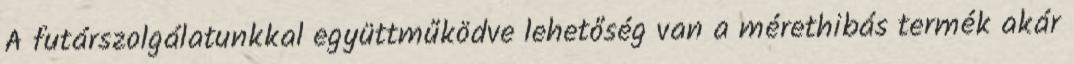
A futárszolgálatunkkal együttműködve lehetőség van a mérethibás termék akár